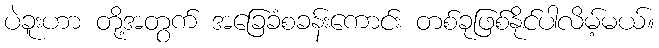
ပဲခူးဟာ တို့အတွက် အခြေခံစခန်းကောင်း တစ်ခုဖြစ်နိုင်ပါလိမ့်မယ်။